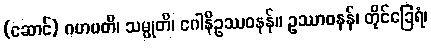
(ဆောင်) ဂဟပတိ၊ သမ္မုတိ၊ ဂေါနိဥဿဝနန်။ ဥဿာဝနန်၊ တိုင်ခြေရံ၊